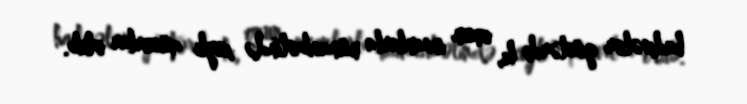
hadisələr göstərdi ki, onun insanlarla münasibətində xeyli qüsurlar olub.